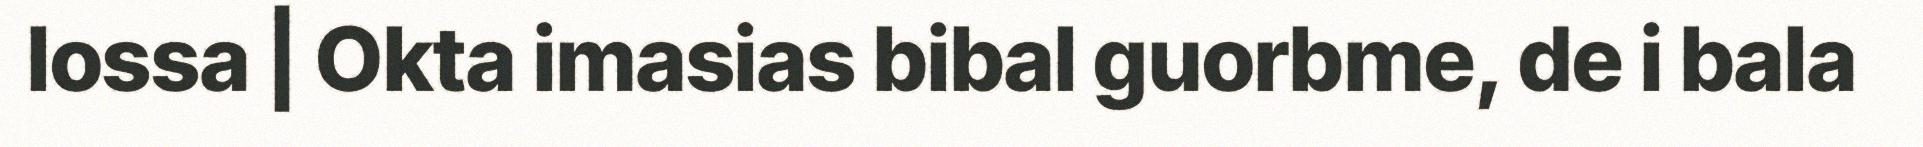
lossa | Okta imasias bibal guorbme, de i bala